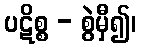
ပဋိစ္စ - စွဲမှီ၍၊